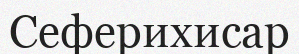
Сеферихисар